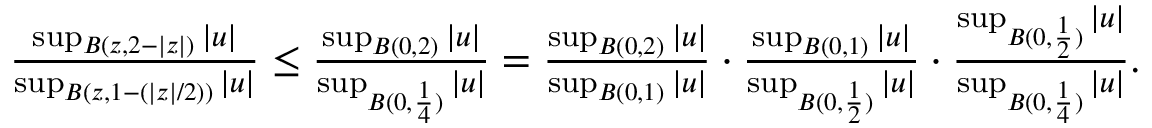
\begin{array} { r } { \frac { \operatorname* { s u p } _ { B ( z , 2 - | z | ) } | u | } { \operatorname* { s u p } _ { B ( z , 1 - ( { | z | } / { 2 } ) ) } | u | } \leq \frac { \operatorname* { s u p } _ { B ( 0 , 2 ) } | u | } { \operatorname* { s u p } _ { B ( 0 , \frac { 1 } { 4 } ) } | u | } = \frac { \operatorname* { s u p } _ { B ( 0 , 2 ) } | u | } { \operatorname* { s u p } _ { B ( 0 , 1 ) } | u | } \cdot \frac { \operatorname* { s u p } _ { B ( 0 , 1 ) } | u | } { \operatorname* { s u p } _ { B ( 0 , \frac { 1 } { 2 } ) } | u | } \cdot \frac { \operatorname* { s u p } _ { B ( 0 , \frac { 1 } { 2 } ) } | u | } { \operatorname* { s u p } _ { B ( 0 , \frac { 1 } { 4 } ) } | u | } . } \end{array}